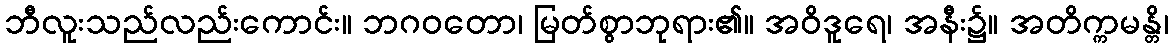
ဘီလူးသည်လည်းကောင်း။ ဘဂဝတော၊ မြတ်စွာဘုရား၏။ အဝိဒူရေ၊ အနီး၌။ အတိက္ကမန္တိ၊